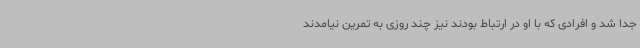
جدا شد و افرادی که با او در ارتباط بودند نیز چند روزی به تمرین نیامدند